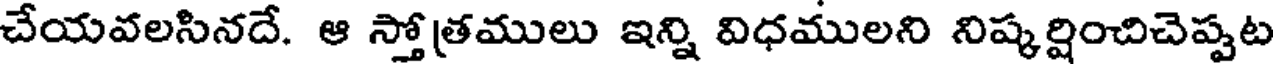
చేయవలసినదే. ఆ స్తోత్రములు ఇన్ని విధములని నిష్కర్షించిచెప్పట